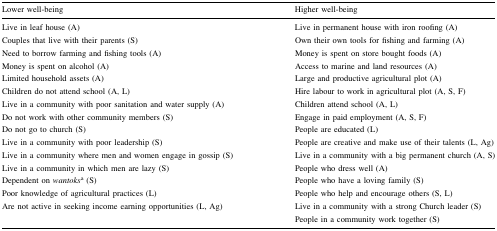
| Lower well-being | Higher well-being |
 | --- | --- |
 | Live in leaf house (A)Couples that live with their parents (S)Need to borrow farming and fishing tools (A)Money is spent on alcohol (A)Limited household assets (A)Children do not attend school (A, L)Live in a community with poor sanitation and water supply (A)Do not work with other community members (S)Do not go to church (S)Live in a community with poor leadership (S)Live in a community where men and women engage in gossip (S)Live in a community in which men are lazy (S)Dependent on wantoksa (S)Poor knowledge of agricultural practices (L)Are not active in seeking income earning opportunities (L, Ag) | Live in permanent house with iron roofing (A)Own their own tools for fishing and farming (A)Money is spent on store bought foods (A)Access to marine and land resources (A)Large and productive agricultural plot (A)Hire labour to work in agricultural plot (A, S, F)Children attend school (A, L)Engage in paid employment (A, S, F)People are educated (L)People are creative and make use of their talents (L, Ag)Live in a community with a big permanent church (A, S)People who dress well (A)People who have a loving family (S)People who help and encourage others (S, L)Live in a community with a strong Church leader (S)People in a community work together (S) |